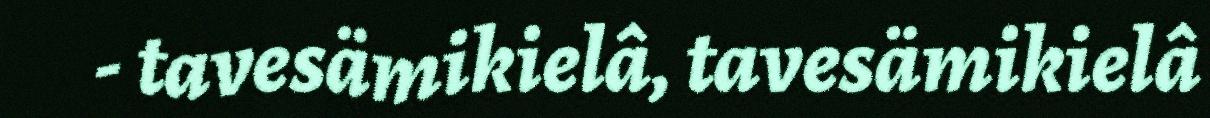
- tavesämikielâ, tavesämikielâ